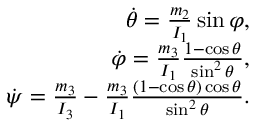
\begin{array} { r } { \dot { \theta } = \frac { m _ { 2 } } { I _ { 1 } } \sin \varphi , } \\ { \dot { \varphi } = \frac { m _ { 3 } } { I _ { 1 } } \frac { 1 - \cos \theta } { \sin ^ { 2 } \theta } , } \\ { \dot { \psi } = \frac { m _ { 3 } } { I _ { 3 } } - \frac { m _ { 3 } } { I _ { 1 } } \frac { ( 1 - \cos \theta ) \cos \theta } { \sin ^ { 2 } \theta } . } \end{array}